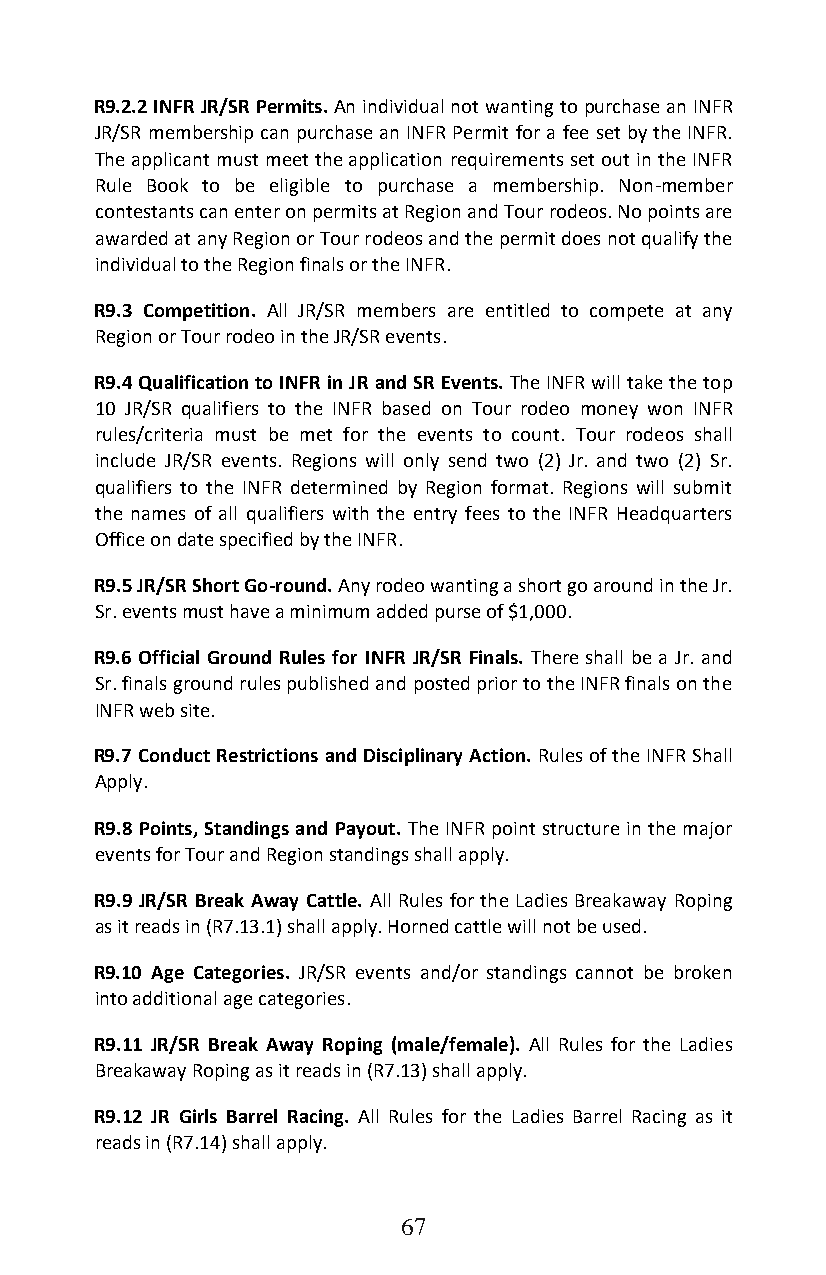
R9.2.2 INFR JR/SR Permits. An individual not wanting to purchase an INFR
 JR/SR membership can purchase an INFR Permit for a fee set by the INFR.
 The applicant must meet the application requirements set out in the INFR
 Rule Book to be eligible to purchase a membership. Non-member
 contestants can enter on permits at Region and Tour rodeos. No points are
 awarded at any Region or Tour rodeos and the permit does not qualify the
 individual to the Region finals or the INFR.
 R9.3 Competition. All JR/SR members are entitled to compete at any
 Region or Tour rodeo in the JR/SR events.
 R9.4 Qualification to INFR in JR and SR Events. The INFR will take the top
 10 JR/SR qualifiers to the INFR based on Tour rodeo money won INFR
 rules/criteria must be met for the events to count. Tour rodeos shall
 include JR/SR events. Regions will only send two (2) Jr. and two (2) Sr.
 qualifiers to the INFR determined by Region format. Regions will submit
 the names of all qualifiers with the entry fees to the INFR Headquarters
 Office on date specified by the INFR.
 R9.5 JR/SR Short Go-round. Any rodeo wanting a short go around in the Jr.
 Sr. events must have a minimum added purse of $1,000.
 R9.6 Official Ground Rules for INFR JR/SR Finals. There shall be a Jr. and
 Sr. finals ground rules published and posted prior to the INFR finals on the
 INFR web site.
 R9.7 Conduct Restrictions and Disciplinary Action. Rules of the INFR Shall
 Apply.
 R9.8 Points, Standings and Payout. The INFR point structure in the major
 events for Tour and Region standings shall apply.
 R9.9 JR/SR Break Away Cattle. All Rules for the Ladies Breakaway Roping
 as it reads in (R7.13.1) shall apply. Horned cattle will not be used.
 R9.10 Age Categories. JR/SR events and/or standings cannot be broken
 into additional age categories.
 R9.11 JR/SR Break Away Roping (male/female). All Rules for the Ladies
 Breakaway Roping as it reads in (R7.13) shall apply.
 R9.12 JR Girls Barrel Racing. All Rules for the Ladies Barrel Racing as it
 reads in (R7.14) shall apply.
 67